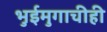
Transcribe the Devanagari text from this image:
भुईमुगाचीही